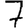
Digit: 7